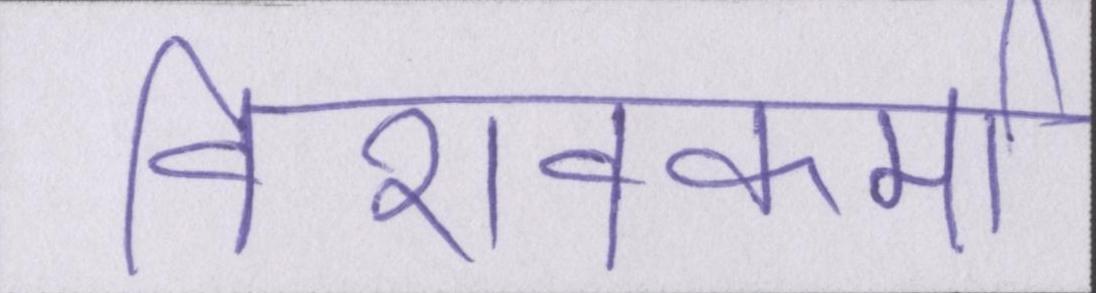
विशवकर्मा